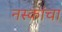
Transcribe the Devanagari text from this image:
नस्कांचा